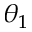
\theta _ { 1 }